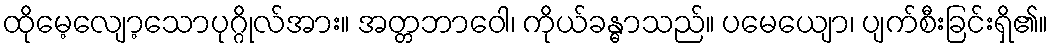
ထိုမေ့လျော့သောပုဂ္ဂိုလ်အား။ အတ္တဘာဝေါ၊ ကိုယ်ခန္ဓာသည်။ ပမေယျော၊ ပျက်စီးခြင်းရှိ၏။